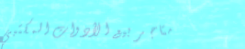
متاجر بيع الأدوات المكتبي